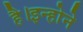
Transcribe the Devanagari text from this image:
है।इन्होने